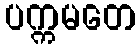
ပက္ကမတေ